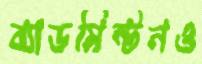
ব্যাডমিন্টনও